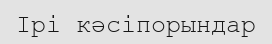
Ірі кәсіпорындар